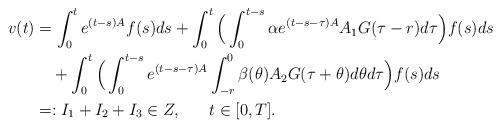
LaTeX: \begin{align*}v(t) &= \int^t_0 e^{(t-s)A}f(s)ds + \int^t_0\Big(\int^{t-s}_0 \alpha e^{(t-s-\tau)A}A_1G(\tau-r)d\tau\Big)f(s)ds\\&\,\,\,\,\,\, + \int^t_0\Big(\int^{t-s}_0 e^{(t-s-\tau)A}\int^0_{-r} \beta(\theta)A_2G(\tau+\theta)d\theta d\tau\Big)f(s)ds\\&=: I_1 +I_2+I_3\in Z,\hskip 20pt t\in [0, T].\end{align*}